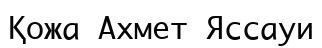
Қожа Ахмет Яссауи